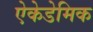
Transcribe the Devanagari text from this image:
ऐकेडेमिक